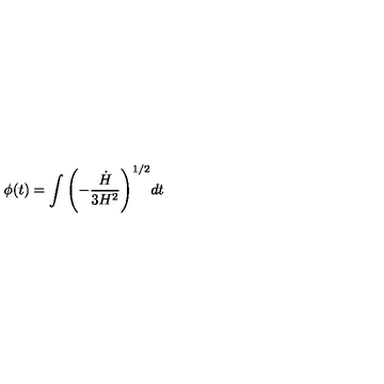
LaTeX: \phi ( t ) = \int { \left( - { { \frac { \dot { H } } { 3 H ^ { 2 } } } } \right) ^ { 1 / 2 } } d t